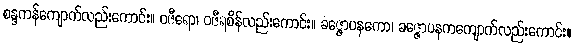
စန္ဒကန်ကျောက်လည်းကောင်း။ ဝဇီရော၊ ဝဇီရစိန်လည်းကောင်း။ ခဇ္ဇောပနကော၊ ခဇ္ဇောပနကကျောက်လည်းကောင်း။